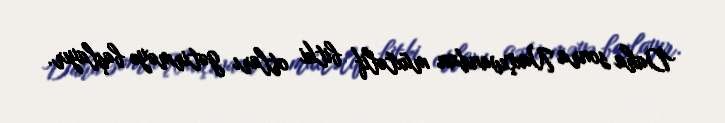
Daha sonra Naxçıvandan müxtəlif bitki otları gətirməyə başlayır.